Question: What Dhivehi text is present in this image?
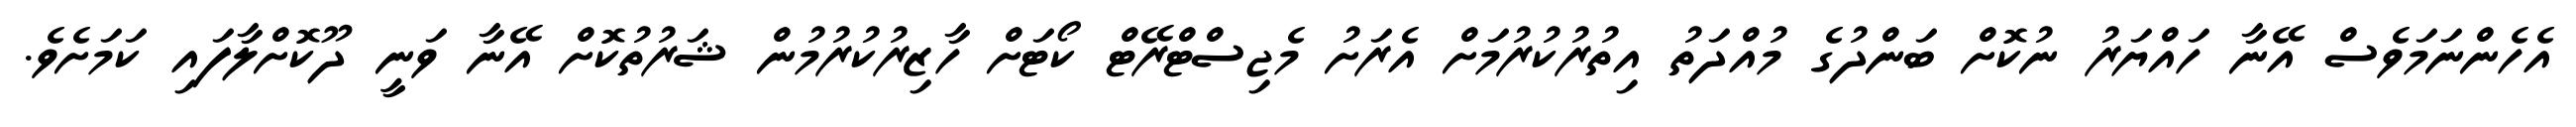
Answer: އެހެންނަމަވެސް އޭނާ ހައްޔަރު ނުކޮށް ބަންދުގެ މުއްދަތު އިތުރުކުރުމަށް އެރަށު މެޖިސްޓްރޭޓް ކޯޓަށް ހާޒިރުކުރުމުން ޝަރުތުކޮށް އޭނާ ވަނީ ދޫކޮށްލާފައި ކަމަށެވެ.